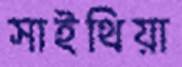
সাইথিয়া